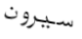
سيرون